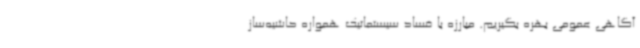
آگاهی عمومی بهره بگیریم. مبارزه با فساد سیستماتیک همواره حاشیه‌ساز